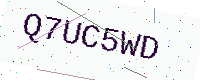
Text: Q7UC5WD